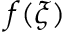
f ( \xi )